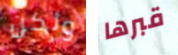
ولكن قبرها